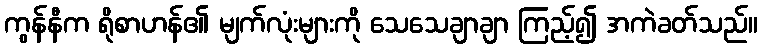
ကွန်နီက ရိုစာဟန်၏ မျက်လုံးများကို သေသေချာချာ ကြည့်၍ အကဲခတ်သည်။